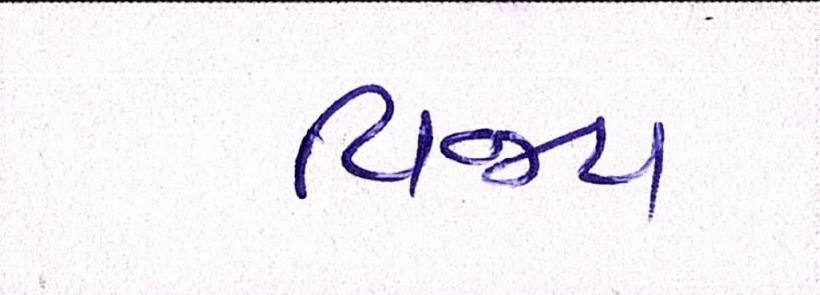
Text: વિજય